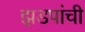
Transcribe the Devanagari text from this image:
झडपांची